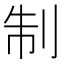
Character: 制